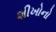
શીખોનો